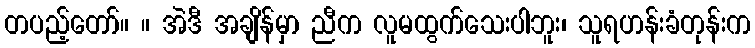
တပည့်တော်။ ။ အဲဒီ အချိန်မှာ ညီက လူမထွက်သေးပါဘူး၊ သူရဟန်းခံတုန်းက